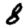
Digit: 8